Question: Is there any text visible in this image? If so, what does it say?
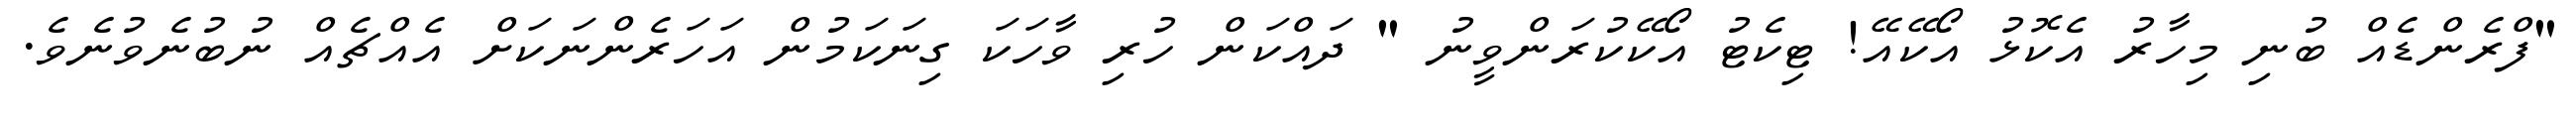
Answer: "ފްރެންޑެއް ބުނި މިހާރު އެކޮޅު އޯކޭއޭ! ޓިކެޓު އޯކޭކުރަންވީނު " ދައްކަން ހުރި ވާހަކަ ގިނަކަމުން އަހަރެންނަކަށް އެއްޗެއް ނުބުނެވުނެވެ.